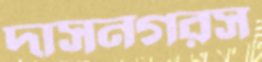
দাসনগরস